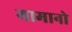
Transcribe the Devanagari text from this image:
यामानो